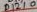
Text: D1210